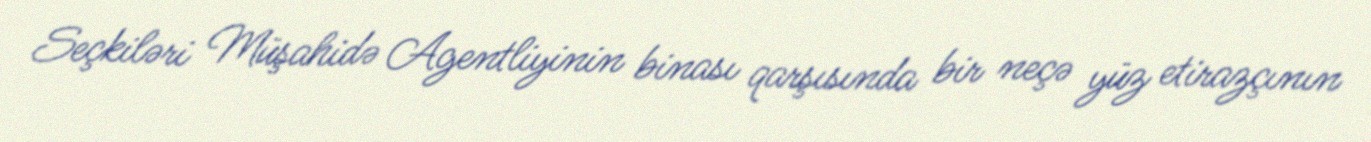
Seçkiləri Müşahidə Agentliyinin binası qarşısında bir neçə yüz etirazçının